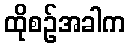
ထိုစဉ်အခါက